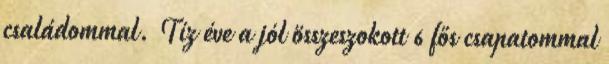
családommal. Tíz éve a jól összeszokott 6 fős csapatommal